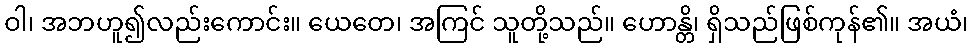
ဝါ၊ အဘဟူ၍လည်းကောင်း။ ယေတေ၊ အကြင် သူတို့သည်။ ဟောန္တိ၊ ရှိသည်ဖြစ်ကုန်၏။ အယံ၊